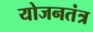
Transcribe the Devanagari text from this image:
योजनतंत्र